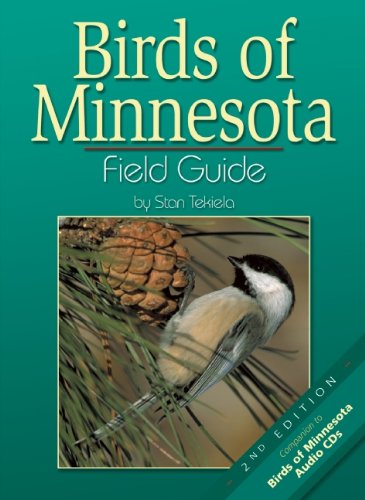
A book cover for Birds of Minnesota Field Guide, Second Edition; Stan Tekiela; Travel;